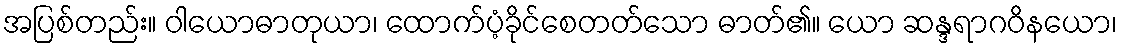
အပြစ်တည်း။ ဝါယောဓာတုယာ၊ ထောက်ပံ့ခိုင်စေတတ်သော ဓာတ်၏။ ယော ဆန္ဒရာဂဝိနယော၊